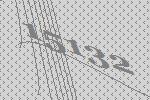
15132